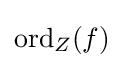
\operatorname {ord} _{Z}(f)